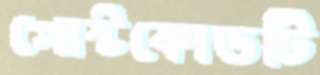
পোস্টকোডটি